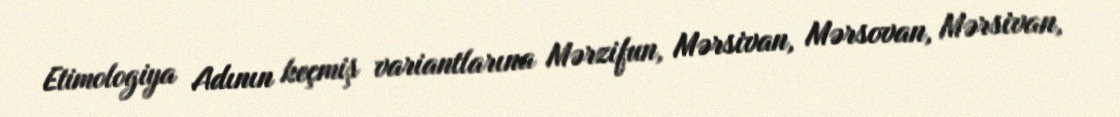
Etimologiya Adının keçmiş variantlarına Mərzifun, Mərsivan, Mərsovan, Mərsivan,